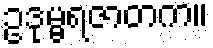
ဥဒုမ္ဗရဇာတက။